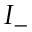
I _ { - }